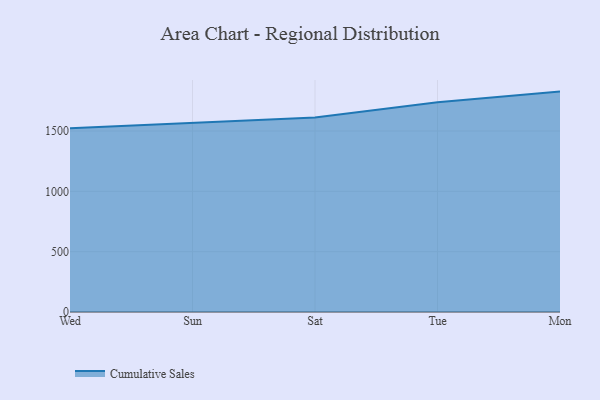
{"axis": {"x": "Day", "y": "Active Users"}, "legend": ["Cumulative Sales"], "data": [{"x": "Wed", "y": 1522.8, "type": "Cumulative Sales"}, {"x": "Sun", "y": 1566.2, "type": "Cumulative Sales"}, {"x": "Sat", "y": 1612.4, "type": "Cumulative Sales"}, {"x": "Tue", "y": 1738.4, "type": "Cumulative Sales"}, {"x": "Mon", "y": 1826.8, "type": "Cumulative Sales"}]}